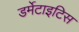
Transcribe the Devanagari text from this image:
डर्मेटाइटिस